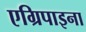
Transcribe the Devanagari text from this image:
एग्रिपाइना